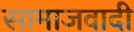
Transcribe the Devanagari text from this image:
सामाजवादी